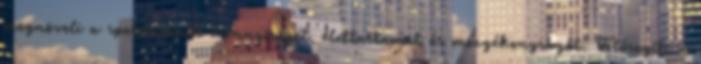
megnöveli a spermiumok mennyiségét, élettartamát és mozgékonyságát. Elősegíti a